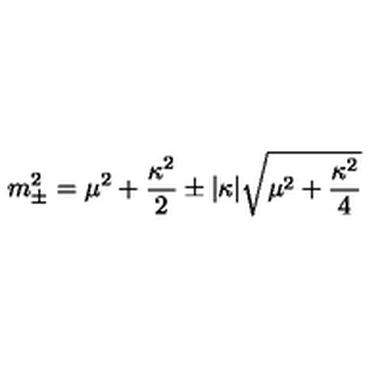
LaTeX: m _ { \pm } ^ { 2 } = \mu ^ { 2 } + { \frac { \kappa ^ { 2 } } { 2 } } \pm | \kappa | \sqrt { \mu ^ { 2 } + { \frac { \kappa ^ { 2 } } { 4 } } }